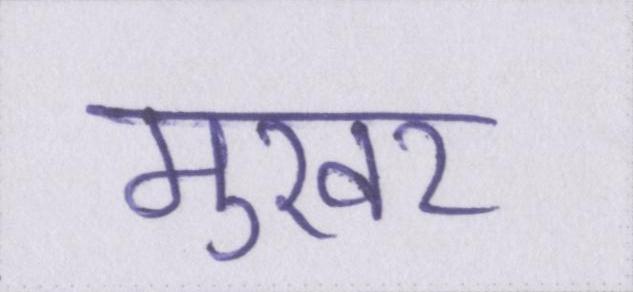
मुखर